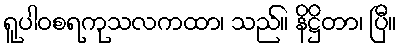
ရူပါဝစရကုသလကထာ၊ သည်။ နိဋ္ဌိတာ၊ ပြီ။